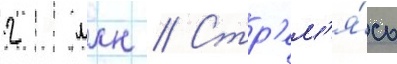
2 млн // Стр'ем'я́сь